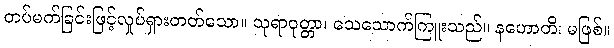
တပ်မက်ခြင်းဖြင့်လှုပ်ရှားတတ်သော။ သုရာဝုတ္တာ၊ သေသောက်ကြူးသည်။ နဟောတိ၊ မဖြစ်။